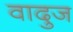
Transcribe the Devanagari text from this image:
वादुज